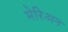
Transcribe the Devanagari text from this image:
मेरिअन